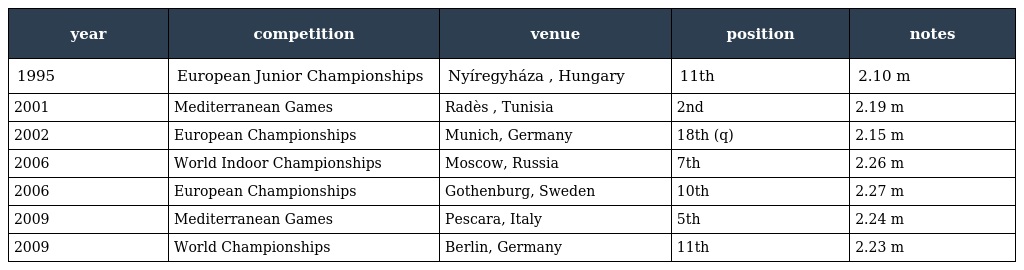
| year | competition | venue | position | notes |
 | --- | --- | --- | --- | --- |
 | 1995 | European Junior Championships | Nyíregyháza , Hungary | 11th | 2.10 m |
 | 2001 | Mediterranean Games | Radès , Tunisia | 2nd | 2.19 m |
 | 2002 | European Championships | Munich, Germany | 18th (q) | 2.15 m |
 | 2006 | World Indoor Championships | Moscow, Russia | 7th | 2.26 m |
 | 2006 | European Championships | Gothenburg, Sweden | 10th | 2.27 m |
 | 2009 | Mediterranean Games | Pescara, Italy | 5th | 2.24 m |
 | 2009 | World Championships | Berlin, Germany | 11th | 2.23 m |